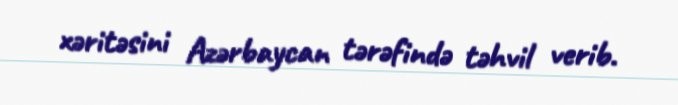
xəritəsini Azərbaycan tərəfində təhvil verib.